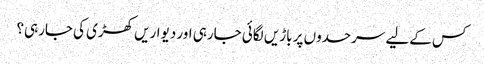
کس کےلیے سرحدوں پر باڑیں لگائی جارہی اور دیواریں کھڑی کی جارہی؟